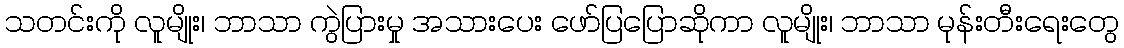
သတင်းကို လူမျိုး၊ ဘာသာ ကွဲပြားမှု အသားပေး ဖော်ပြပြောဆိုကာ လူမျိုး၊ ဘာသာ မုန်းတီးရေးတွေ